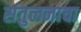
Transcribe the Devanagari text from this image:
संतुलनाचा